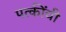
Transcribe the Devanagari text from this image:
पत्कींची